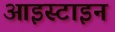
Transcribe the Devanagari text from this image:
आइस्टाइन